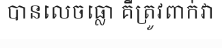
បានលេចធ្លោ គឺត្រូវពាក់វា